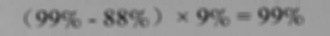
( 9 9 \% - 8 8 \% ) \times 9 \% = 9 9 \%